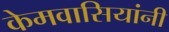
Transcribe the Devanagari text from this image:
केमवासियांनी